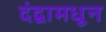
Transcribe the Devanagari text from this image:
दंद्वामधून